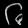
Digit: ၆